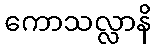
ကောသလ္လာနိ